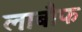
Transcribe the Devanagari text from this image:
लाबौफ